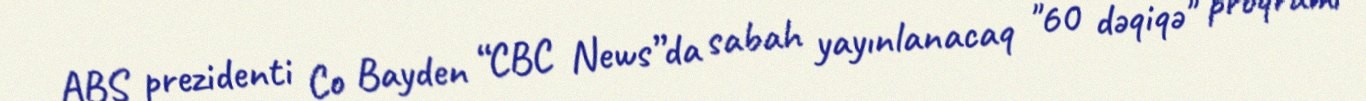
ABŞ prezidenti Co Bayden “CBC News”da sabah yayınlanacaq "60 dəqiqə" proqramı